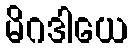
မိဂဒါယေ